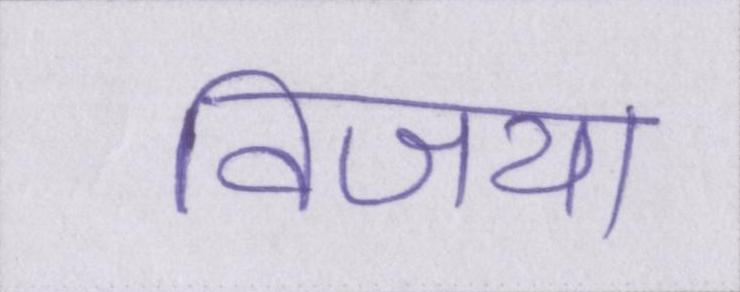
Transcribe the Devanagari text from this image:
विजया